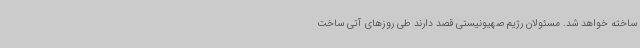
ساخته خواهد شد. مسئولان رژیم صهیونیستی قصد دارند طی روزهای آتی ساخت